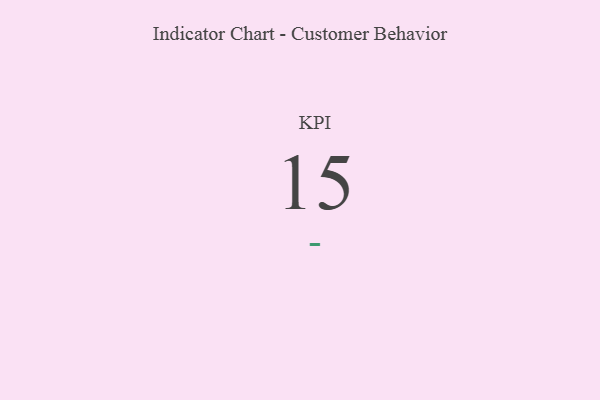
{"axis": {"x": "KPI", "y": "Value"}, "legend": [""], "data": [{"x": "KPI", "y": 15, "type": ""}]}